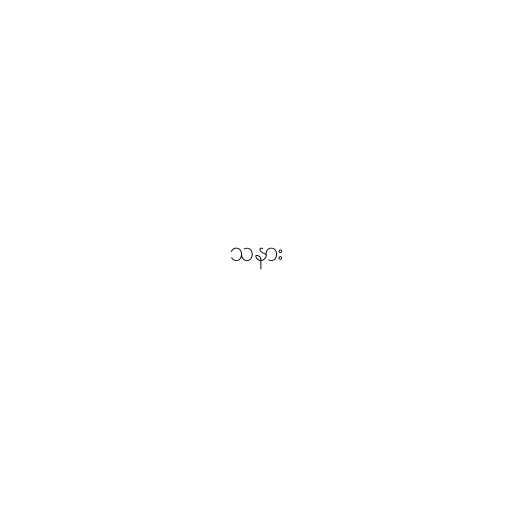
သနား